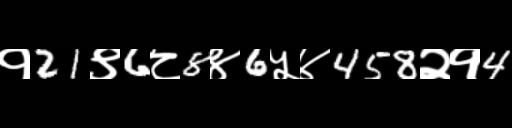
Text: १21९6८8४6५४458२१4